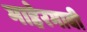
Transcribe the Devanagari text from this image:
माहेरगावी